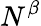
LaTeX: N^{\beta}